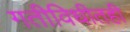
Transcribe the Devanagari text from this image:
गतीविधीतही